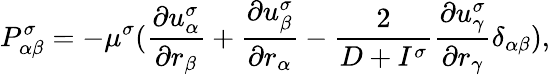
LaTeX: P_{\alpha\beta}^{\sigma}=-\mu^{\sigma}(\frac{\partial u_{\alpha}^{\sigma}}{\partial r_{\beta}}+\frac{\partial u_{\beta}^{\sigma}}{\partial r_{\alpha}}-\frac{2}{D+I^{\sigma}}\frac{\partial u_{\gamma}^{\sigma}}{\partial r_{\gamma}}\delta_{\alpha\beta}),